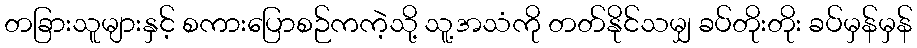
တခြားသူများနှင့် စကားပြောစဉ်ကကဲ့သို့ သူ့အသံကို တတ်နိုင်သမျှ ခပ်တိုးတိုး ခပ်မှန်မှန်